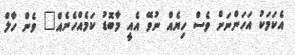
އެކަމަކު އަހަންނަށް ވެސް ހިޔެއް ނުވޭ އެއީ މާބޮޑު ކަމެއްހެނެއް" ވެން ހާލް